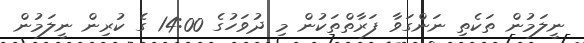
ނީލަމުން ތަކެތި ނަންގަވާ ފަރާތްތަކުން މި ދުވަހުގެ 14:00 ގެ ކުރިން ނީލަމުން